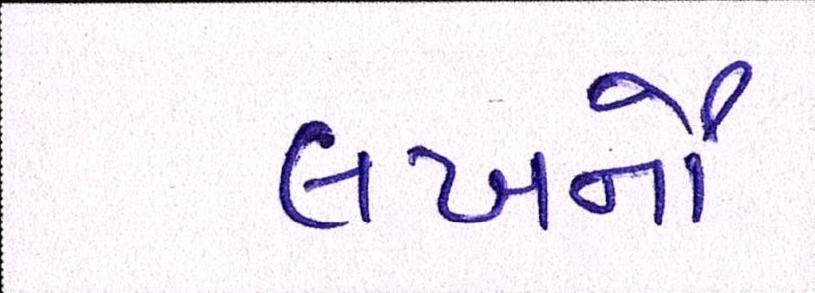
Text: લખનૌ